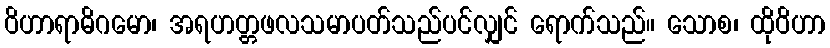
ဝိဟာရာဓိဂမော၊ အရဟတ္တဖလသမာပတ်သည်ပင်လျှင် ရောက်သည်။ သောစ၊ ထိုဝိဟာ